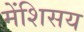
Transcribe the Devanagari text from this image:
मेंशिसय